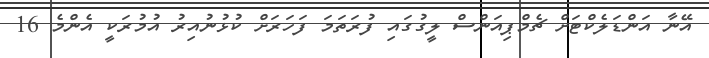
އޭނާ އަންޑަލެކްޓަށް ޗެމްޕިއަންސް ލީގުގައި ފުރަތަމަ ފަހަރަށް ކުޅުނުއިރު އުމުރަކީ އެންމެ 16